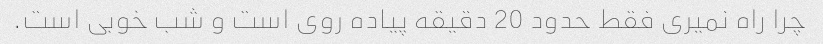
چرا راه نمیری فقط حدود 20 دقیقه پیاده روی است و شب خوبی است.